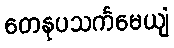
တေနုပသင်္ကမေယျံ